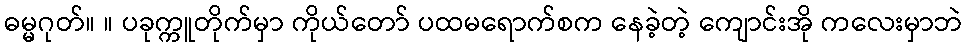
ဓမ္မဂုတ်။ ။ ပခုက္ကူတိုက်မှာ ကိုယ်တော် ပထမရောက်စက နေခဲ့တဲ့ ကျောင်းအို ကလေးမှာဘဲ